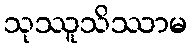
သုဿူသိဿာမ